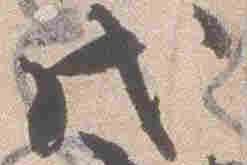
戊